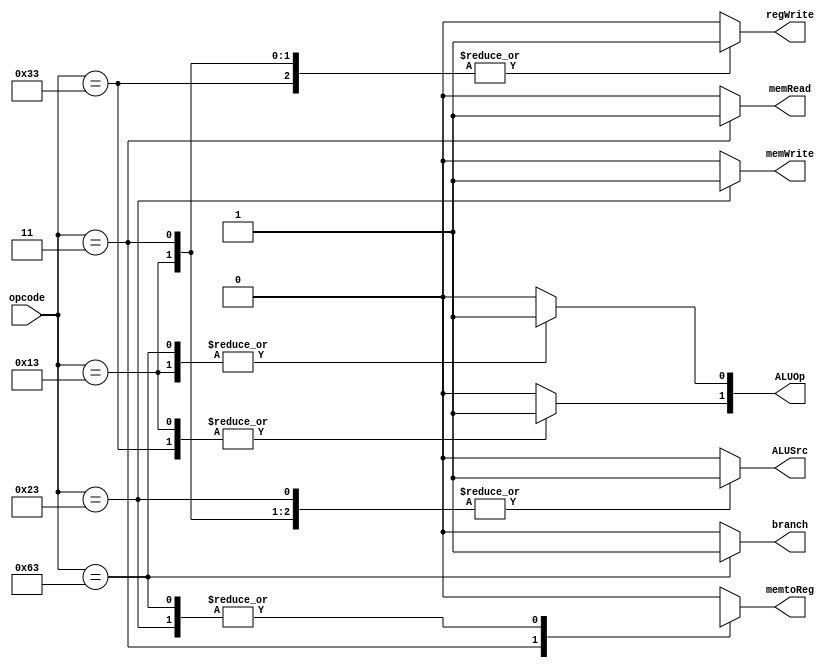
module Control (
    input [6:0] opcode,
    output reg branch,
    output reg memRead,
    output reg memtoReg,
    output reg [1:0] ALUOp,
    output reg memWrite,
    output reg ALUSrc,
    output reg regWrite
);

    // TODO: implement your Control here
    // Hint: follow the Architecture (figure in spec) to set output signal
    always @(*) begin
        case(opcode)
            // R-type
            7'b0110011: begin
                ALUSrc   = 0;
                memtoReg = 0;
                regWrite = 1;
                memRead  = 0;
                memWrite = 0;
                branch   = 0;
                ALUOp[1] = 1;
                ALUOp[0] = 0;
            end
            // ld
            7'b0000011: begin
                ALUSrc   = 1;
                memtoReg = 1;
                regWrite = 1;
                memRead  = 1;
                memWrite = 0;
                branch   = 0;
                ALUOp[1] = 0;
                ALUOp[0] = 0;
            end
            // sd
            7'b0100011: begin
                ALUSrc   = 1;
                memtoReg = 1'bx;
                regWrite = 0;
                memRead  = 0;
                memWrite = 1;
                branch   = 0;
                ALUOp[1] = 0;
                ALUOp[0] = 0;
            end
            // beq
            7'b1100011: begin
                ALUSrc   = 0;
                memtoReg = 1'bx;
                regWrite = 0;
                memRead  = 0;
                memWrite = 0;
                branch   = 1;
                ALUOp[1] = 0;
                ALUOp[0] = 1;
            end
            // I-type
            7'b0010011: begin
                ALUSrc   = 1;
                memtoReg = 0;
                regWrite = 1;
                memRead  = 0;
                memWrite = 0;
                branch   = 0;
                ALUOp[1] = 1;
                ALUOp[0] = 1;
            end
            default: begin
                ALUSrc   = 0;
                memtoReg = 0;
                regWrite = 0;
                memRead  = 0;
                memWrite = 0;
                branch   = 0;
                ALUOp[1] = 0;
                ALUOp[0] = 0;
            end
        endcase
    end

endmodule